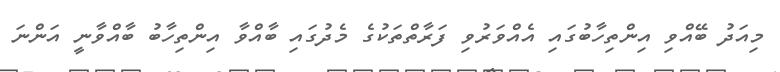
މިއަދު ބޭއްވި އިންތިހާބުގައި އެއްވަރުވި ފަރާތްތަކުގެ މެދުގައި ބާއްވާ އިންތިހާބު ބާއްވާނީ އަންނަ